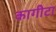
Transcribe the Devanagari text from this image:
कागीटा